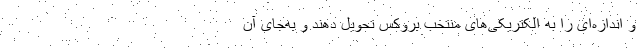
و اندازه‌ای را به الکتریکی‌های منتخب بروکس تحویل دهند و به‌جای آن